Report of an investigation into the causes of malaria in Bombay and the measures necessary for its control
Disease focus: Malaria
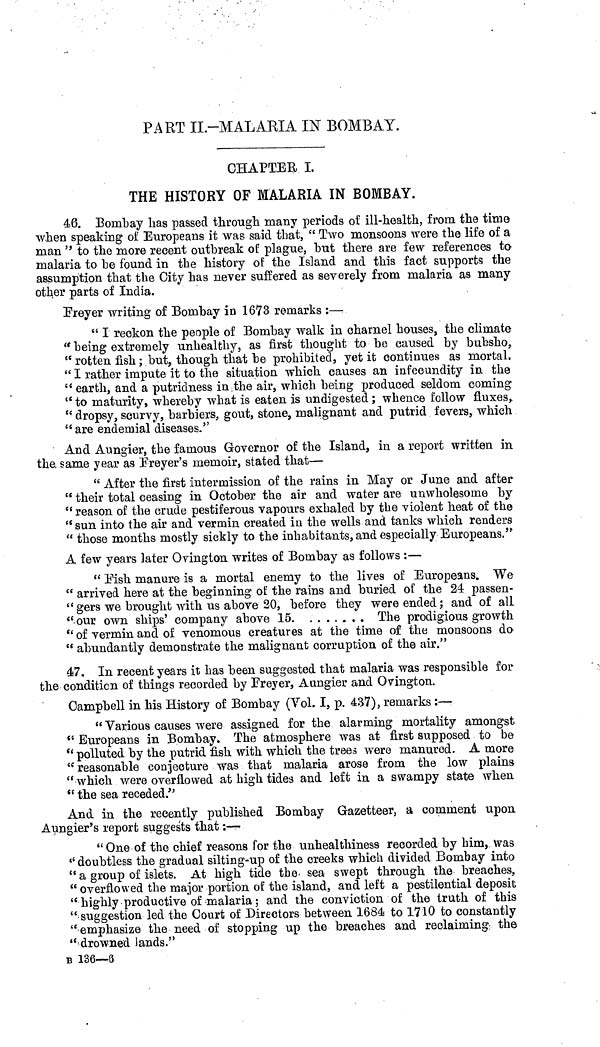
PART II-MALARIA IN BOMBAY.
CHAPTER I.
THE HISTORY OF MALARIA IN BOMBAY.
46. Bombay has passed through many periods of ill-health, from the time
when speaking of Europeans it was said that, " Two monsoons were the life of a
man " to the more recent outbreak of plague, hut there are few references ta
malaria to be found in the history of the Island and this fact supports the
assumption that the City has never suffered as severely from malaria as many
other parts of India.
Freyer writing of Bombay in 1673 remarks :—
" I reckon the people of Bombay walk in charnel houses, the climate
" being extremely unhealthy, as first thought to be caused by bubsho,
" rotten fish ; but, though that be prohibited, yet it continues as mortal.
" I rather impute it to the situation which causes an infecundity in the
" earth, and a putridness in the air, which being produced seldom coming
" to maturity, whereby what is eaten is undigested ; whence follow fluxes,
" dropsy, scurvy, barbiers, gout, stone, malignant and putrid fevers, which
" are endemial diseases."
And Aungier, the famous Governor of the Island, in a report written in
the same year as Freyer's memoir, stated that—
" After the first intermission of the rains in May or June and after
" their total ceasing in October the air and water are unwholesome by
" reason of the crude pestiferous vapours exhaled by the violent heat of the
" sun into the air and vermin created in the wells and tanks which renders
" those months mostly sickly to the inhabitants, and especially Europeans."
A few years later Ovington writes of Bombay as follows :—
" Pish manure is a mortal enemy to the lives of Europeans. We
" arrived here at the beginning of the rains and buried of the 24 passen-
" gers we brought with us above 20, before they were ended ; and of all
" our own ships' company above 15
The prodigious growth
" of vermin and of venomous creatures at the time of the monsoons do
" abundantly demonstrate the malignant corruption of the air."
á7. In recent years it has been suggested that malaria was responsible for
the condition of things recorded by Freyer, Aungier and Ovington.
Campbell in his History of Bombay (Vol. I, p. 437), remarks :—
" Various causes were assigned for the alarming mortality amongst
" Europeans in Bombay. The atmosphere was at first supposed to be
" polluted by the putrid fish with which the trees were manured. A more
"reasonable conjecture was that malaria arose from the low plains
" which were overflowed at high tides and left in a swampy state when
" the sea receded."
And, in the recently published Bombay Gazetteer, a comment upon
Aungier's report suggests that : —
" One of the chief reasons for the unhealthiness recorded by him, was
" doubtless the gradual silting-up of the creeks which divided Bombay into
" a group of islets. At high tide the sea swept through the breaches,
" overflowed the major portion of the island, and left a pestilential deposit
" highly productive of malaria ; and the conviction of the truth of this
" suggestion led the Court of Directors between 1684 to 1710 to constantly
" emphasize the need of stopping up the breaches and reclaiming the
" drowned lands."
B 136—8